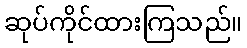
ဆုပ်ကိုင်ထားကြသည်။